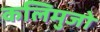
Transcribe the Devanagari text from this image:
कलिमुजो